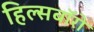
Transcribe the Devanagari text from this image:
हिल्सबॉरो